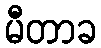
မီတာခ